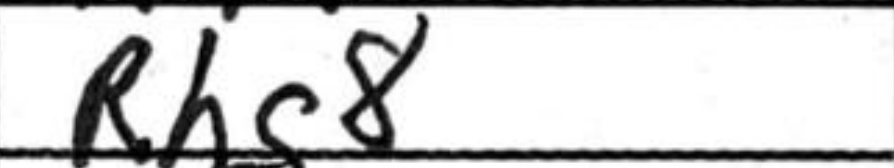
Transcription: Rhg8